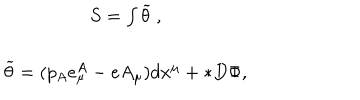
\begin{array} { c } { { S = \int \widetilde { \theta } \ , } } \\ { { \widetilde { \theta } = ( p _ { A } e _ { \mu } ^ { A } - e A _ { \mu } ) d x ^ { \mu } + * D \Phi , } } \\ \end{array}